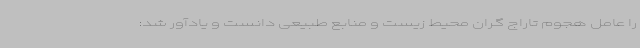
را عامل هجوم تاراج گران محیط زیست و منابع طبیعی دانست و یادآور شد: